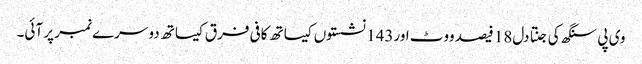
وی پی سنگھ کی جنتا دل18 فیصد ووٹ اور143 نشستوں کیساتھ کافی فرق کیساتھ دوسرے نمبر پر آئی۔